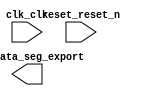

module Lab2_sys (
	clk_clk,
	pio_data_seg_export,
	reset_reset_n);	

	input		clk_clk;
	output	[11:0]	pio_data_seg_export;
	input		reset_reset_n;
endmodule